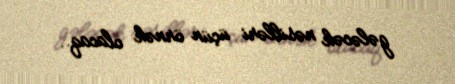
gələcək nəsilləri üçün örnək olacaq..